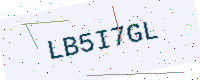
Text: LB5I7GL